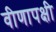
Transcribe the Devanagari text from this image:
वीणापक्षी